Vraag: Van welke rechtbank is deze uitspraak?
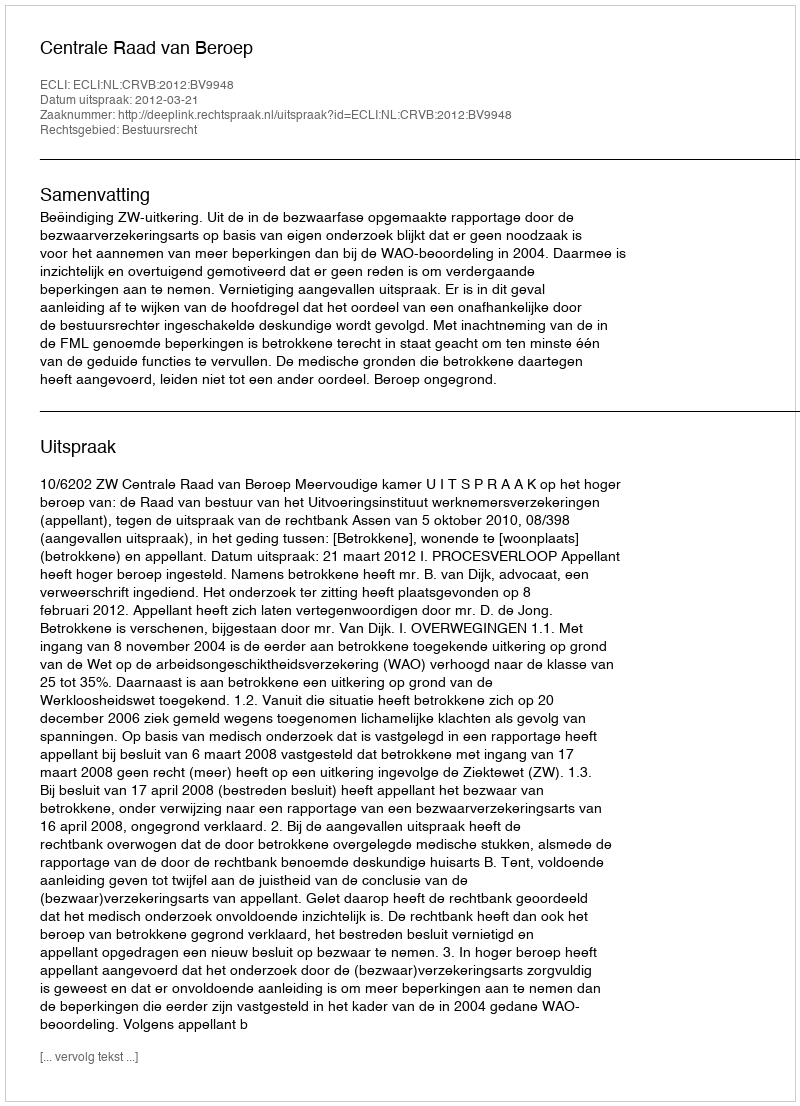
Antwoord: Centrale Raad van Beroep